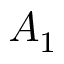
A _ { 1 }